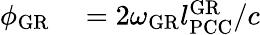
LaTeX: \begin{array}{rl}{\phi_{\mathrm{GR}}}&{{}=2\omega_{\mathrm{GR}}l_{\mathrm{PCC}}^{\mathrm{GR}}/c}\end{array}